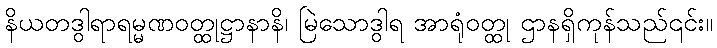
နိယတဒွါရာရမ္မဏဝတ္ထုဋ္ဌာနာနိ၊ မြဲသောဒွါရ အာရုံဝတ္ထု ဌာနရှိကုန်သည်၎င်း။